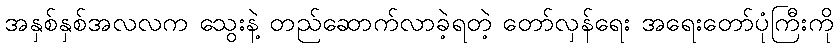
အနှစ်နှစ်အလလက သွေးနဲ့ တည်ဆောက်လာခဲ့ရတဲ့ တော်လှန်ရေး အရေးတော်ပုံကြီးကို